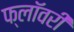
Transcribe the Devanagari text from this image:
फ्लॉवरी